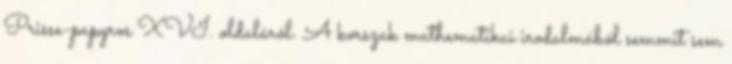
Prisse-papyros XVI. oldaláról. A korszak mathematikai irodalmából semmit sem